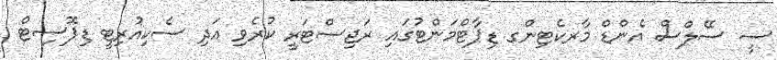
ސީ ސޭލްސް އެންޑް މާރކެޓިންގ ޑިޕާޓްމަންޓުގައި ރަޖިސްޓަރީ ކުރެވި އަދި ސެކިއުރިޓީ ޑިޕޮސިޓް